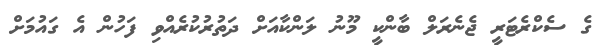
ގެ ސެކްރެޓަރީ ޖެނެރަލް ބާންކީ މޫނު ލަންކާއަށް ދަތުރުކުރެއްވި ފަހުން އެ ގައުމަށް